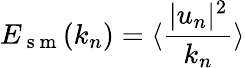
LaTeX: E_{\mathrm{~s~m~}}(k_{n})=\langle\frac{|u_{n}|^{2}}{k_{n}}\rangle